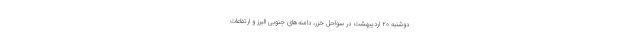
دوشنبه ۲۰ اردیبهشت در سواحل خزر، دامنه‌های جنوبی البرز و ارتفاعات